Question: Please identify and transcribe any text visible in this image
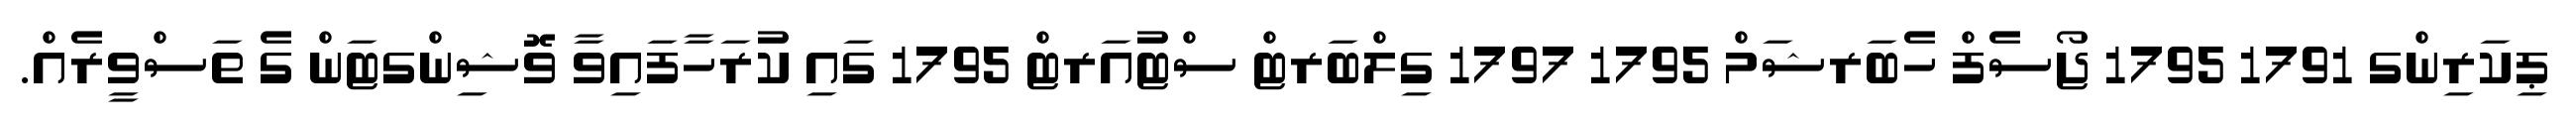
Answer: ޕިކަރިންގ 1791 1795 ޖޯސެފް ހެބަރޝަމް 1795 1797 ގިލްބަރޓް ސްޓުއަރޓް 1795 ގައި ކުރަހާފައިވާ ވޮޝިންގޓަން ގެ ތަސްވީރެއް.